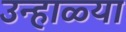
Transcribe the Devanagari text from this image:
उन्हाळ्या